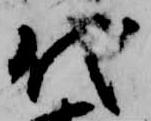
代